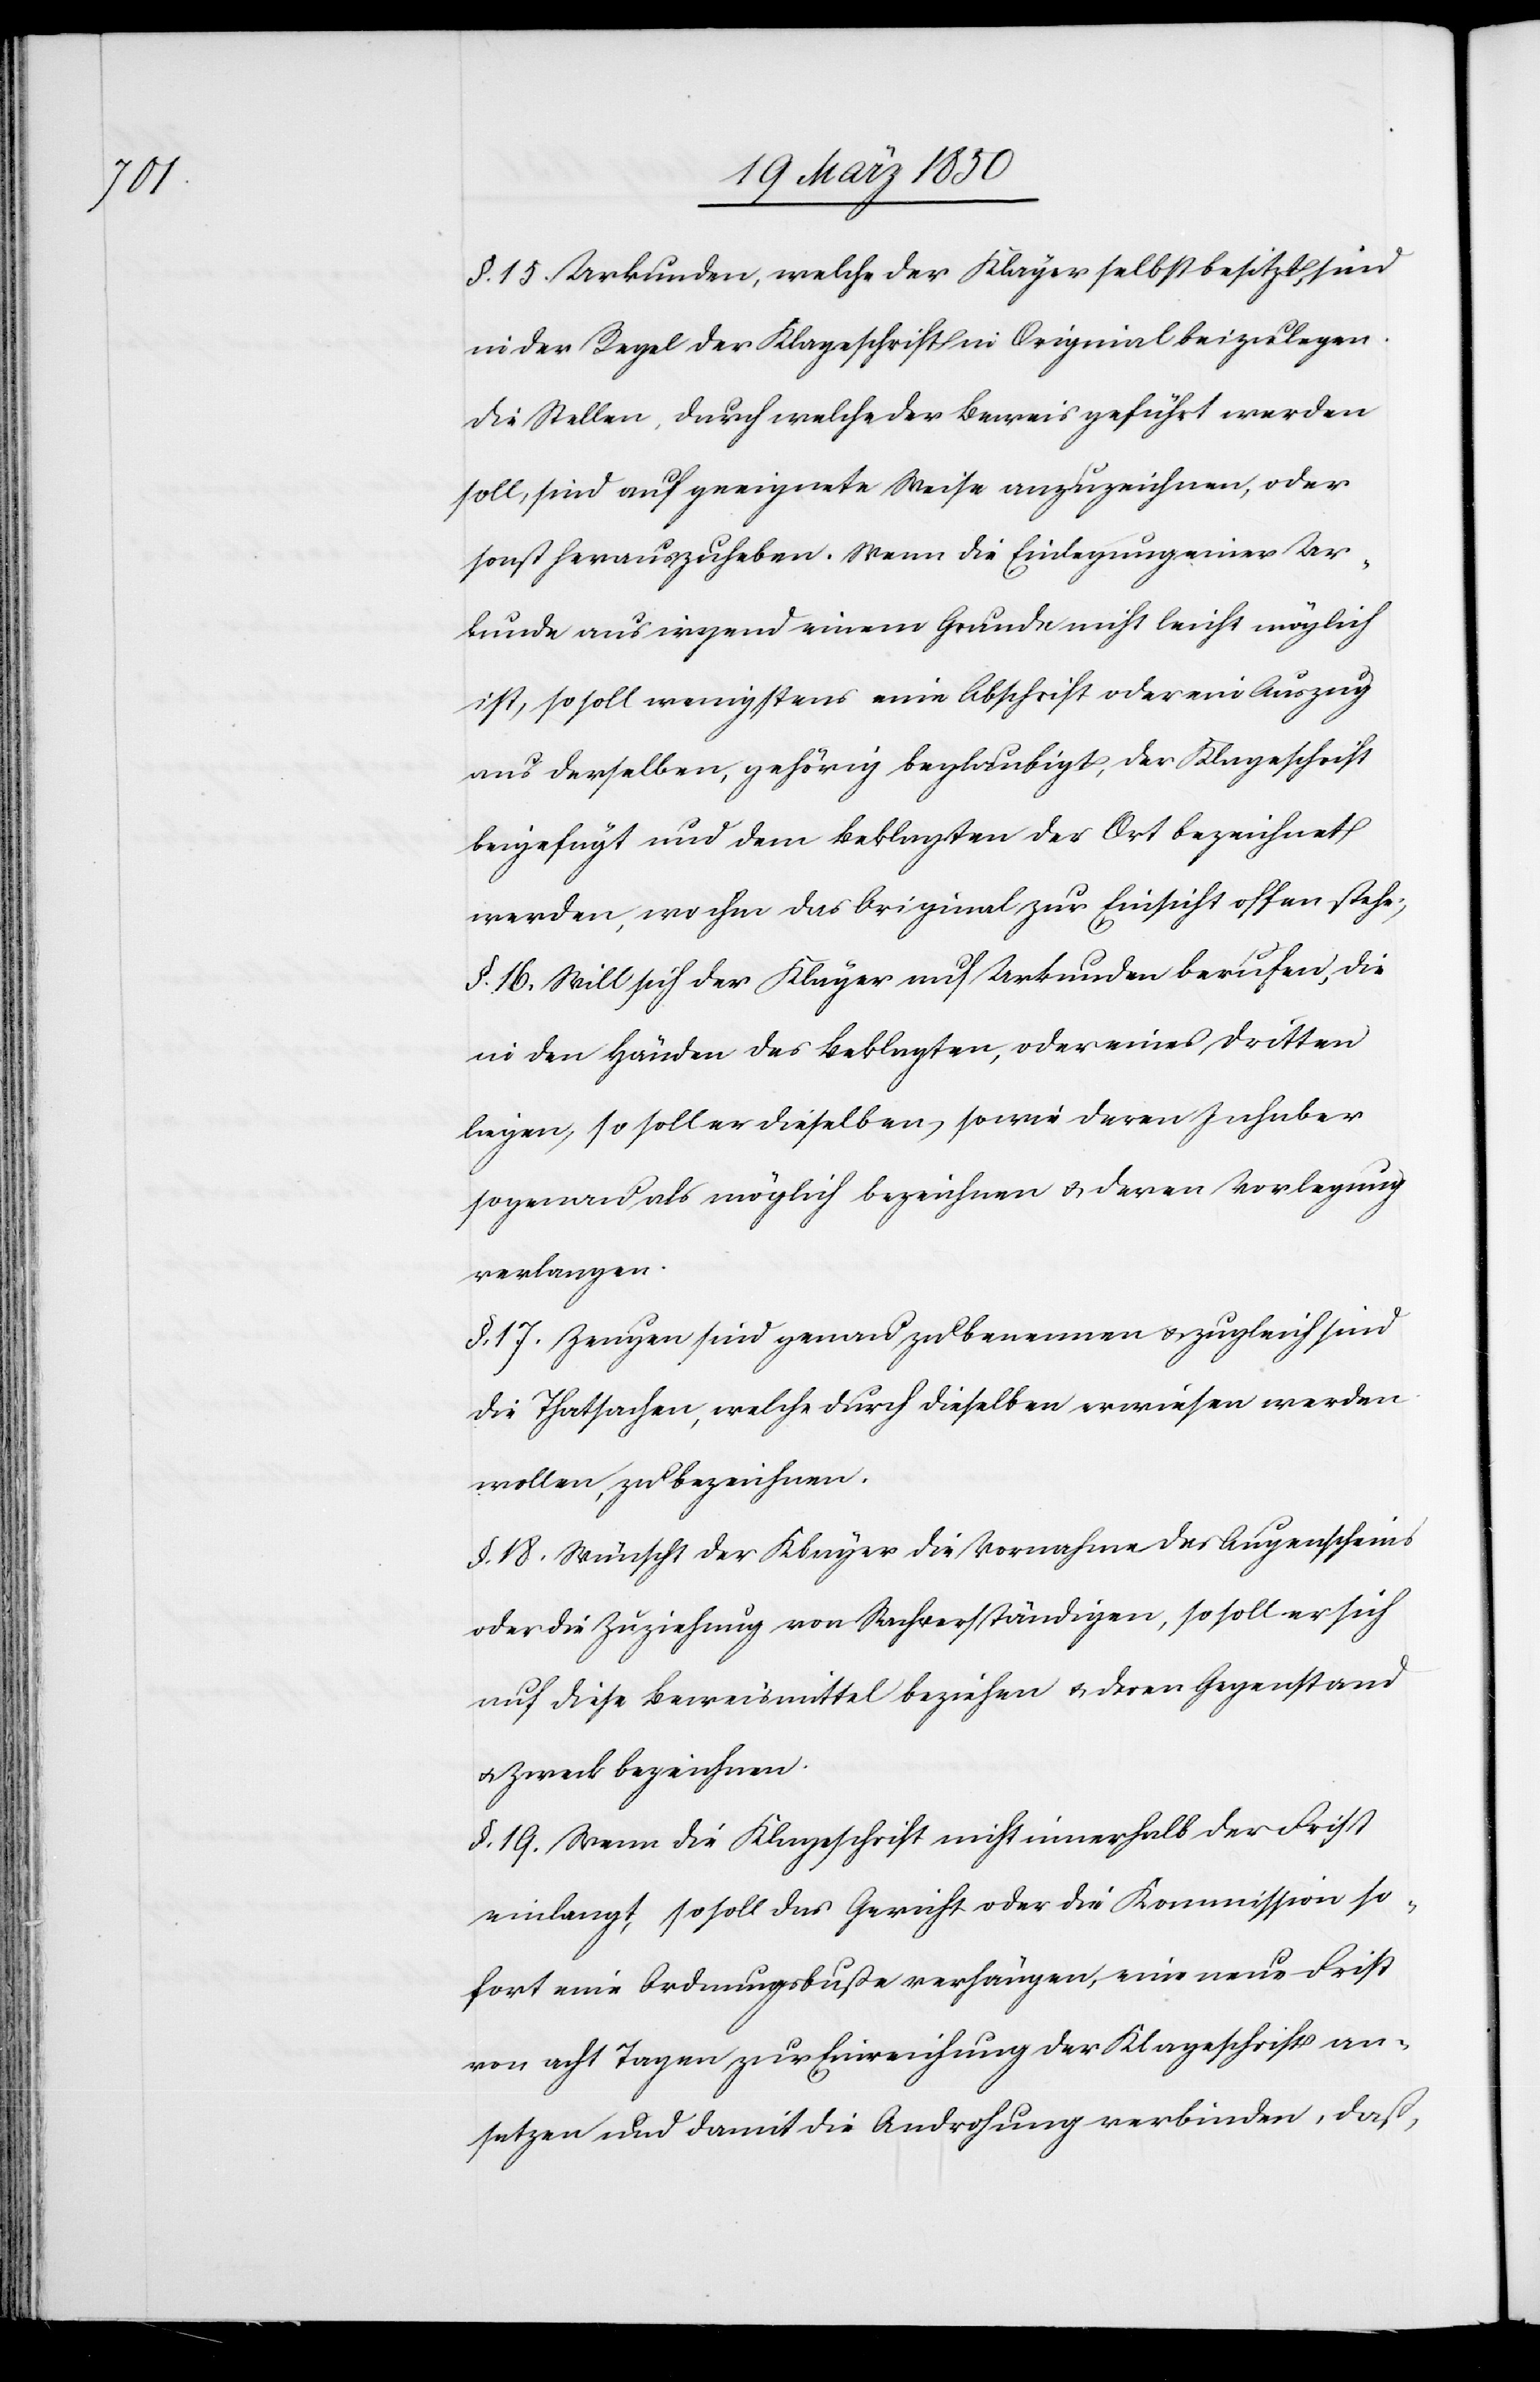
§. 15 Urkunden, welche der Kläger selbst besitzt, sind
in der Regel der Klageschrift in Original beizulegen.
Die Stellen, durch welche der Beweis geführt werden
soll, sind auf geeignete Weise anzuzeichnen, oder
sonst herauszuheben. Wenn die Einlegung einer Ur¬
kunde aus irgend einem Grunde nicht leicht möglich
ist, so soll wenigstens eine Abschrift oder ein Auszug
aus derselben, gehörig beglaubigt, der Klageschrift
beigefügt und dem Beklagten der Ort bezeichnet
werden, wo ihm das Original zur Einsicht offen stehe;
§. 16. Will sich der Kläger auf Urkunden berufen, die
in den Händen des Beklagten, oder eines Dritten
liegen, so soll er dieselben, sowie deren Inhaber
so genau als möglich bezeichnen u. deren Vorlegung
verlangen.
§. 17. Zeugen sind genau zu benennen u. zugleich sind
die Thatsachen, welche durch dieselben erwiesen werden
wollen, zu bezeichnen.
§. 18. Wünscht der Kläger die Vornahme des Augenscheins
oder die Zuziehung von Sachverständigen, so soll er sich
auf diese Beweismittel beziehen u. deren Gegenstand
u. Zweck bezeichnen.
§. 19. Wenn die Klageschrift nicht innerhalb der Frist
einlangt, so soll das Gericht oder die Kommission so¬
fort eine Ordnungsbuße verfügen, eine neue Frist
von acht Tagen zur Einreichung der Klageschrift an¬
setzen und damit die Androhung verbinden, daß,